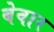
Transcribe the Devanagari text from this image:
बेवार